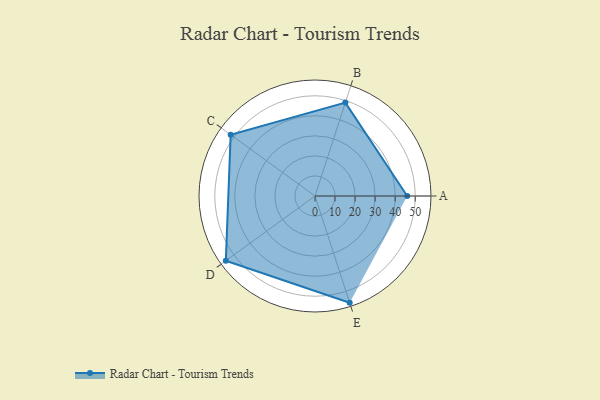
{"axis": {"x": "Skill", "y": "Score"}, "legend": ["Profile"], "data": [{"x": "A", "y": 46.0, "type": "Profile"}, {"x": "B", "y": 49.0, "type": "Profile"}, {"x": "C", "y": 52.0, "type": "Profile"}, {"x": "D", "y": 55.0, "type": "Profile"}, {"x": "E", "y": 56.0, "type": "Profile"}]}